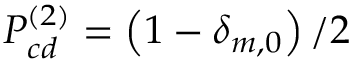
P _ { c d } ^ { ( 2 ) } = \left( 1 - \delta _ { m , 0 } \right) / 2